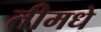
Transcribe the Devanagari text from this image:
तीमधे